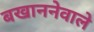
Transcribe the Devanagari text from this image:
बखाननेवाले